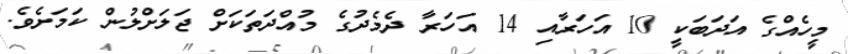
މީހެއްގެ އަދަބަކީ 10 އަހަރާއި 14 އަހަރާ ދެމެދުގެ މުއްދަތަކަށް ޖަލަށްލުން ކަމަށެވެ.